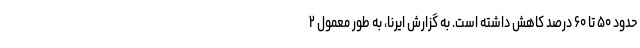
حدود ۵۰ تا ۶۰ درصد کاهش داشته است. به گزارش ایرنا، به طور معمول ۲